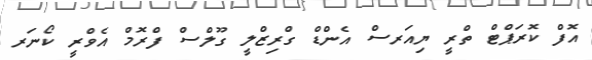
އޮފް ކޮރަޕްޓް ތްރީ ޔިއަރސް އެންޑް ގްރިޒްލީ ގޫލްސް ފްރޮމް އެވްރީ ކޯނަރ